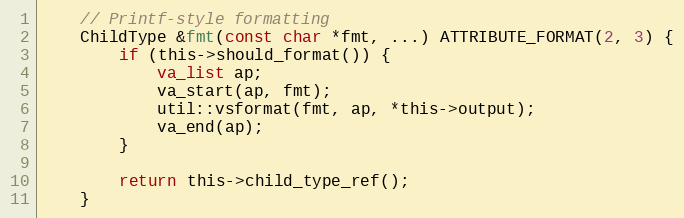
Language: C
	// Printf-style formatting
	ChildType &fmt(const char *fmt, ...) ATTRIBUTE_FORMAT(2, 3) {
		if (this->should_format()) {
			va_list ap;
			va_start(ap, fmt);
			util::vsformat(fmt, ap, *this->output);
			va_end(ap);
		}

		return this->child_type_ref();
	}